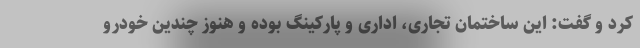
کرد و گفت: این ساختمان تجاری، اداری و پارکینگ بوده و هنوز چندین خودرو